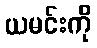
ယမင်းကို